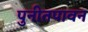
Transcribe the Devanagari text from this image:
पुनीतपावन